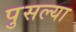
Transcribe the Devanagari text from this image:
पुसल्या